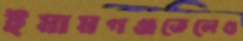
ইমামগঞ্জতেলেগু